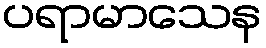
ပရာမာသေန